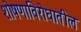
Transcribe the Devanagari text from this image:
शोषणाविरोधातील